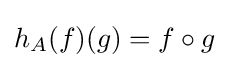
h_{A}(f)(g)=f\circ g